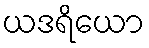
ယဒရိယော